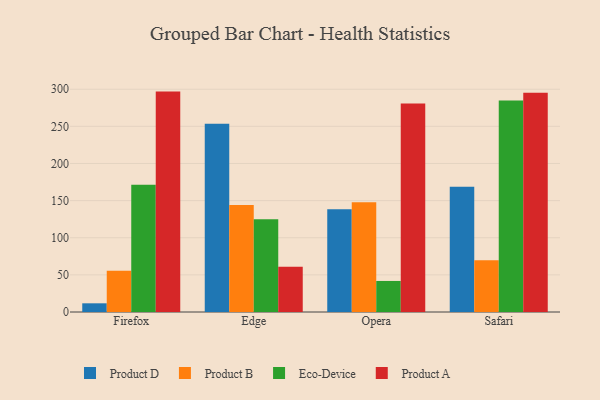
{"axis": {"x": "Browser", "y": "Satisfaction Score"}, "legend": ["Eco-Device", "Product A", "Product B", "Product D"], "data": [{"x": "Firefox", "y": 11.7, "type": "Product D"}, {"x": "Firefox", "y": 55.5, "type": "Product B"}, {"x": "Firefox", "y": 171.3, "type": "Eco-Device"}, {"x": "Firefox", "y": 296.8, "type": "Product A"}, {"x": "Edge", "y": 253.5, "type": "Product D"}, {"x": "Edge", "y": 144.0, "type": "Product B"}, {"x": "Edge", "y": 124.8, "type": "Eco-Device"}, {"x": "Edge", "y": 61.0, "type": "Product A"}, {"x": "Opera", "y": 138.5, "type": "Product D"}, {"x": "Opera", "y": 147.9, "type": "Product B"}, {"x": "Opera", "y": 41.8, "type": "Eco-Device"}, {"x": "Opera", "y": 280.8, "type": "Product A"}, {"x": "Safari", "y": 168.7, "type": "Product D"}, {"x": "Safari", "y": 69.7, "type": "Product B"}, {"x": "Safari", "y": 284.7, "type": "Eco-Device"}, {"x": "Safari", "y": 295.1, "type": "Product A"}]}